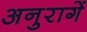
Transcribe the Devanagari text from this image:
अनुरागें